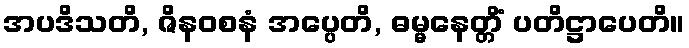
အပဒိသတိ, ဇိနဝစနံ အပ္ပေတိ, ဓမ္မနေတ္တိံ ပတိဋ္ဌာပေတိ။